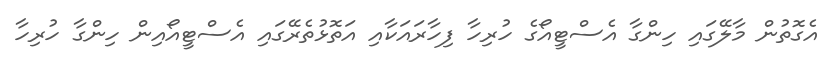
އެގޮތުން މާލޭގައި ހިންގާ އެސްޓީއޯގެ ހުރިހާ ފިހާރައަކާއި އަތޮޅުތެރޭގައި އެސްޓީއޯއިން ހިންގާ ހުރިހާ